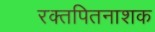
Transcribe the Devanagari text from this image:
रक्तपितनाशक